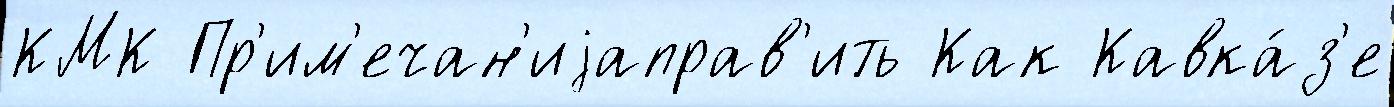
КМК Пр'им'ечан'иjаправ'ить Как Кавка́з'е